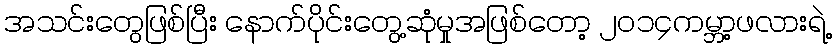
အသင်းတွေဖြစ်ပြီး နောက်ပိုင်းတွေ့ဆုံမှုအဖြစ်တော့ ၂၀၁၄ကမ္ဘာ့ဖလားရဲ့